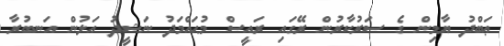
ޢަބްދު ޔާމިން ގެ ސަރުކާރުން ރޭގައި ރައީސް މުޙައްމަދު ނަޝީދު އަލުން އަނބުރާ